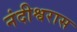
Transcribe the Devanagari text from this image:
नंदीश्वरास